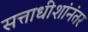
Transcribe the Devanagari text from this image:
सत्ताधीशांनंतर